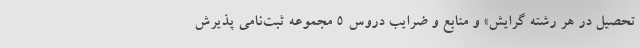
تحصیل در هر رشته گرایش» و منابع و ضرایب دروس ۵ مجموعه ثبت‌نامی پذیرش